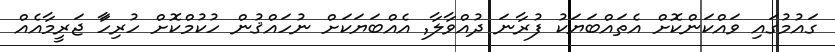
ގައުމުގައި ވައްކަންކޮށް އެތައްބަޔަކު ފުރާނަ ދުއްވާލާ